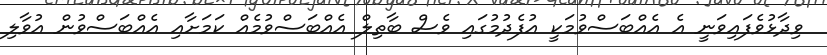
ވިދާޅުވެފައިވަނީ އެ އެއްބަސްވުމަކީ އުފެދުމުގައި ވެސް ބާތިލް އެއްބަސްވުމެއް ކަމަށާއި އެއްބަސްވުން އުވާލި